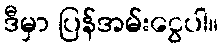
ဒီမှာ ပြန်အမ်းငွေပါ။